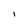
Character: I